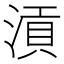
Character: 𣹟